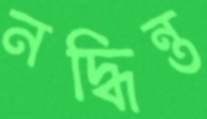
নদ্ধিন্ত